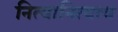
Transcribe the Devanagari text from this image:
नित्यानित्यत्व